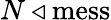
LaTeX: N\triangleleft{\mathrm{mess}}